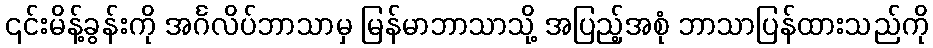
၎င်းမိန့်ခွန်းကို အင်္ဂလိပ်ဘာသာမှ မြန်မာဘာသာသို့ အပြည့်အစုံ ဘာသာပြန်ထားသည်ကို